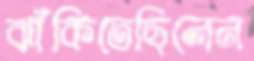
ঝাঁকিতেছিলেন